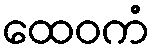
ထေဝကံ